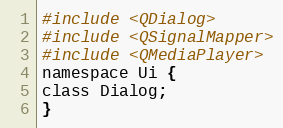
Language: C
#include <QDialog>
#include <QSignalMapper>
#include <QMediaPlayer>
namespace Ui {
class Dialog;
}